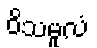
ဝိသမူလံ